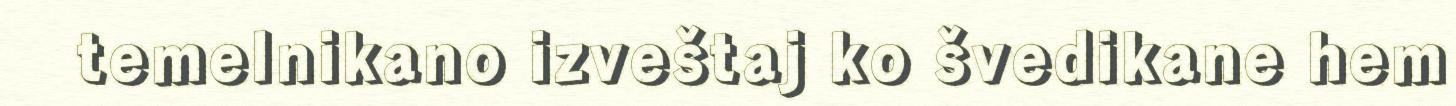
temelnikano izveštaj ko švedikane hem